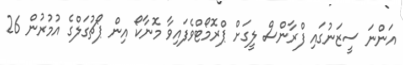
އަންނަ ސީޒަނުގައި ފްރާންސް ލީގަށް ޕްރޮމޯޓްވެފައިވާ މޮނާކޯ އިން ޕޯޗުގަލްގެ އުމުރުން 26